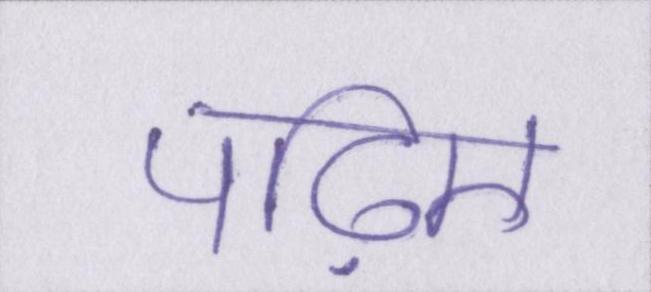
पढ़िए